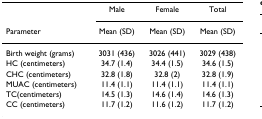
<table><thead><tr><td></td><td><b>Male</b></td><td><b>Female</b></td><td><b>Total</b></td></tr><tr><td><b>Parameter</b></td><td><b>Mean (SD)</b></td><td><b>Mean (SD)</b></td><td><b>Mean (SD)</b></td></tr></thead><tbody><tr><td>Birth weight (grams)</td><td>3031 (436)</td><td>3026 (441)</td><td>3029 (438)</td></tr><tr><td>HC (centimeters)</td><td>34.7 (1.4)</td><td>34.4 (1.5)</td><td>34.6 (1.5)</td></tr><tr><td>CHC (centimeters)</td><td>32.8 (1.8)</td><td>32.8 (2)</td><td>32.8 (1.9)</td></tr><tr><td>MUAC (centimeters)</td><td>11.4 (1.1)</td><td>11.4 (1.1)</td><td>11.4 (1.1)</td></tr><tr><td>TC(centimeters)</td><td>14.5 (1.3)</td><td>14.6 (1.4)</td><td>14.6 (1.3)</td></tr><tr><td>CC (centimeters)</td><td>11.7 (1.2)</td><td>11.6 (1.2)</td><td>11.7 (1.2)</td></tr></tbody></table>